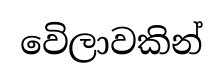
වෙිලාවකින්